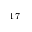
^ { 1 7 }